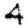
Digit: 4